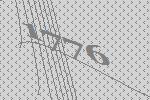
1776